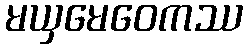
မယှမေဝေကဿ